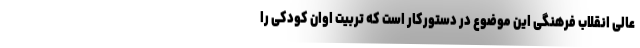
عالی انقلاب فرهنگی این موضوع در دستورکار است که تربیت اوان کودکی را